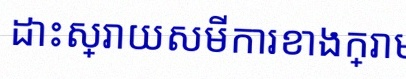
ដោះស្រាយសមីការខាងក្រោម